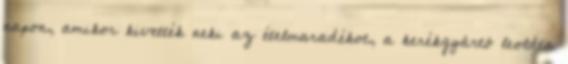
napon, amikor kivették neki az ételmaradékot, a kerékgyártó leoldta